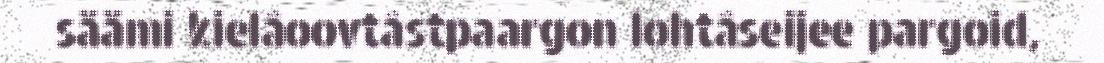
säämi kielâoovtâstpaargon lohtâseijee pargoid,